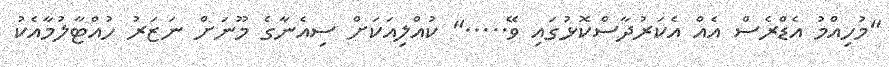
"މުހިއްމު އެޑްރެސް އެއް އެކަރުދާސްކޮޅުގައި ވޭ....." ކުއްލިއަކަށް ސިއެނާގެ މޫނަށް ނަޒަރު ހުއްޓާލުމާއެކު